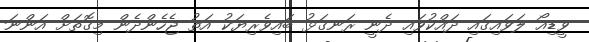
ވީޑިއޯ ލަވައިގައި ދައްކުވައި ދެނީ ރަނގަޅު ބައިވެރިޔަކު އަތު ޖެހެންދެން މިގޮތަށް އަންނަ